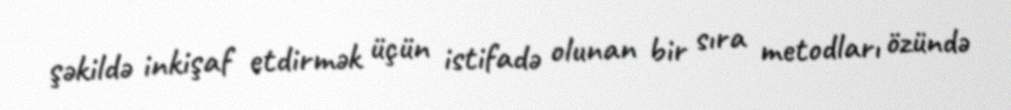
şəkildə inkişaf etdirmək üçün istifadə olunan bir sıra metodları özündə